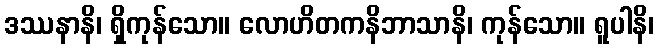
ဒဿနာနိ၊ ရှိကုန်သော။ လောဟိတကနိဘာသာနိ၊ ကုန်သော။ ရူပါနိ၊